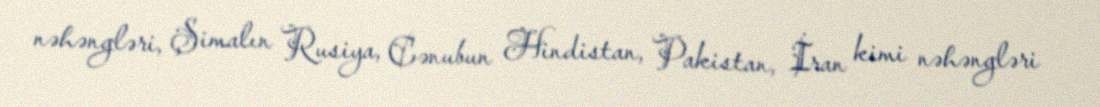
nəhəngləri, Şimalın Rusiya, Cənubun Hindistan, Pakistan, İran kimi nəhəngləri